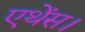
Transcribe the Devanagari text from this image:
एथेंस।